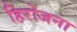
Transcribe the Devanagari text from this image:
हिरोजना